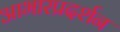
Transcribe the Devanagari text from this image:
आभारप्रदर्शन